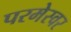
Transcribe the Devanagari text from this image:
परमेस्वर